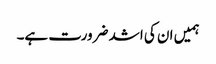
ہمیں ان کی اشد ضرورت ہے۔